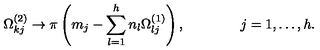
\Omega _ { k j } ^ { ( 2 ) } \to \pi \left( m _ { j } - \sum _ { l = 1 } ^ { h } n _ { l } \Omega _ { l j } ^ { ( 1 ) } \right) , \qquad \qquad j = 1 , \ldots , h .